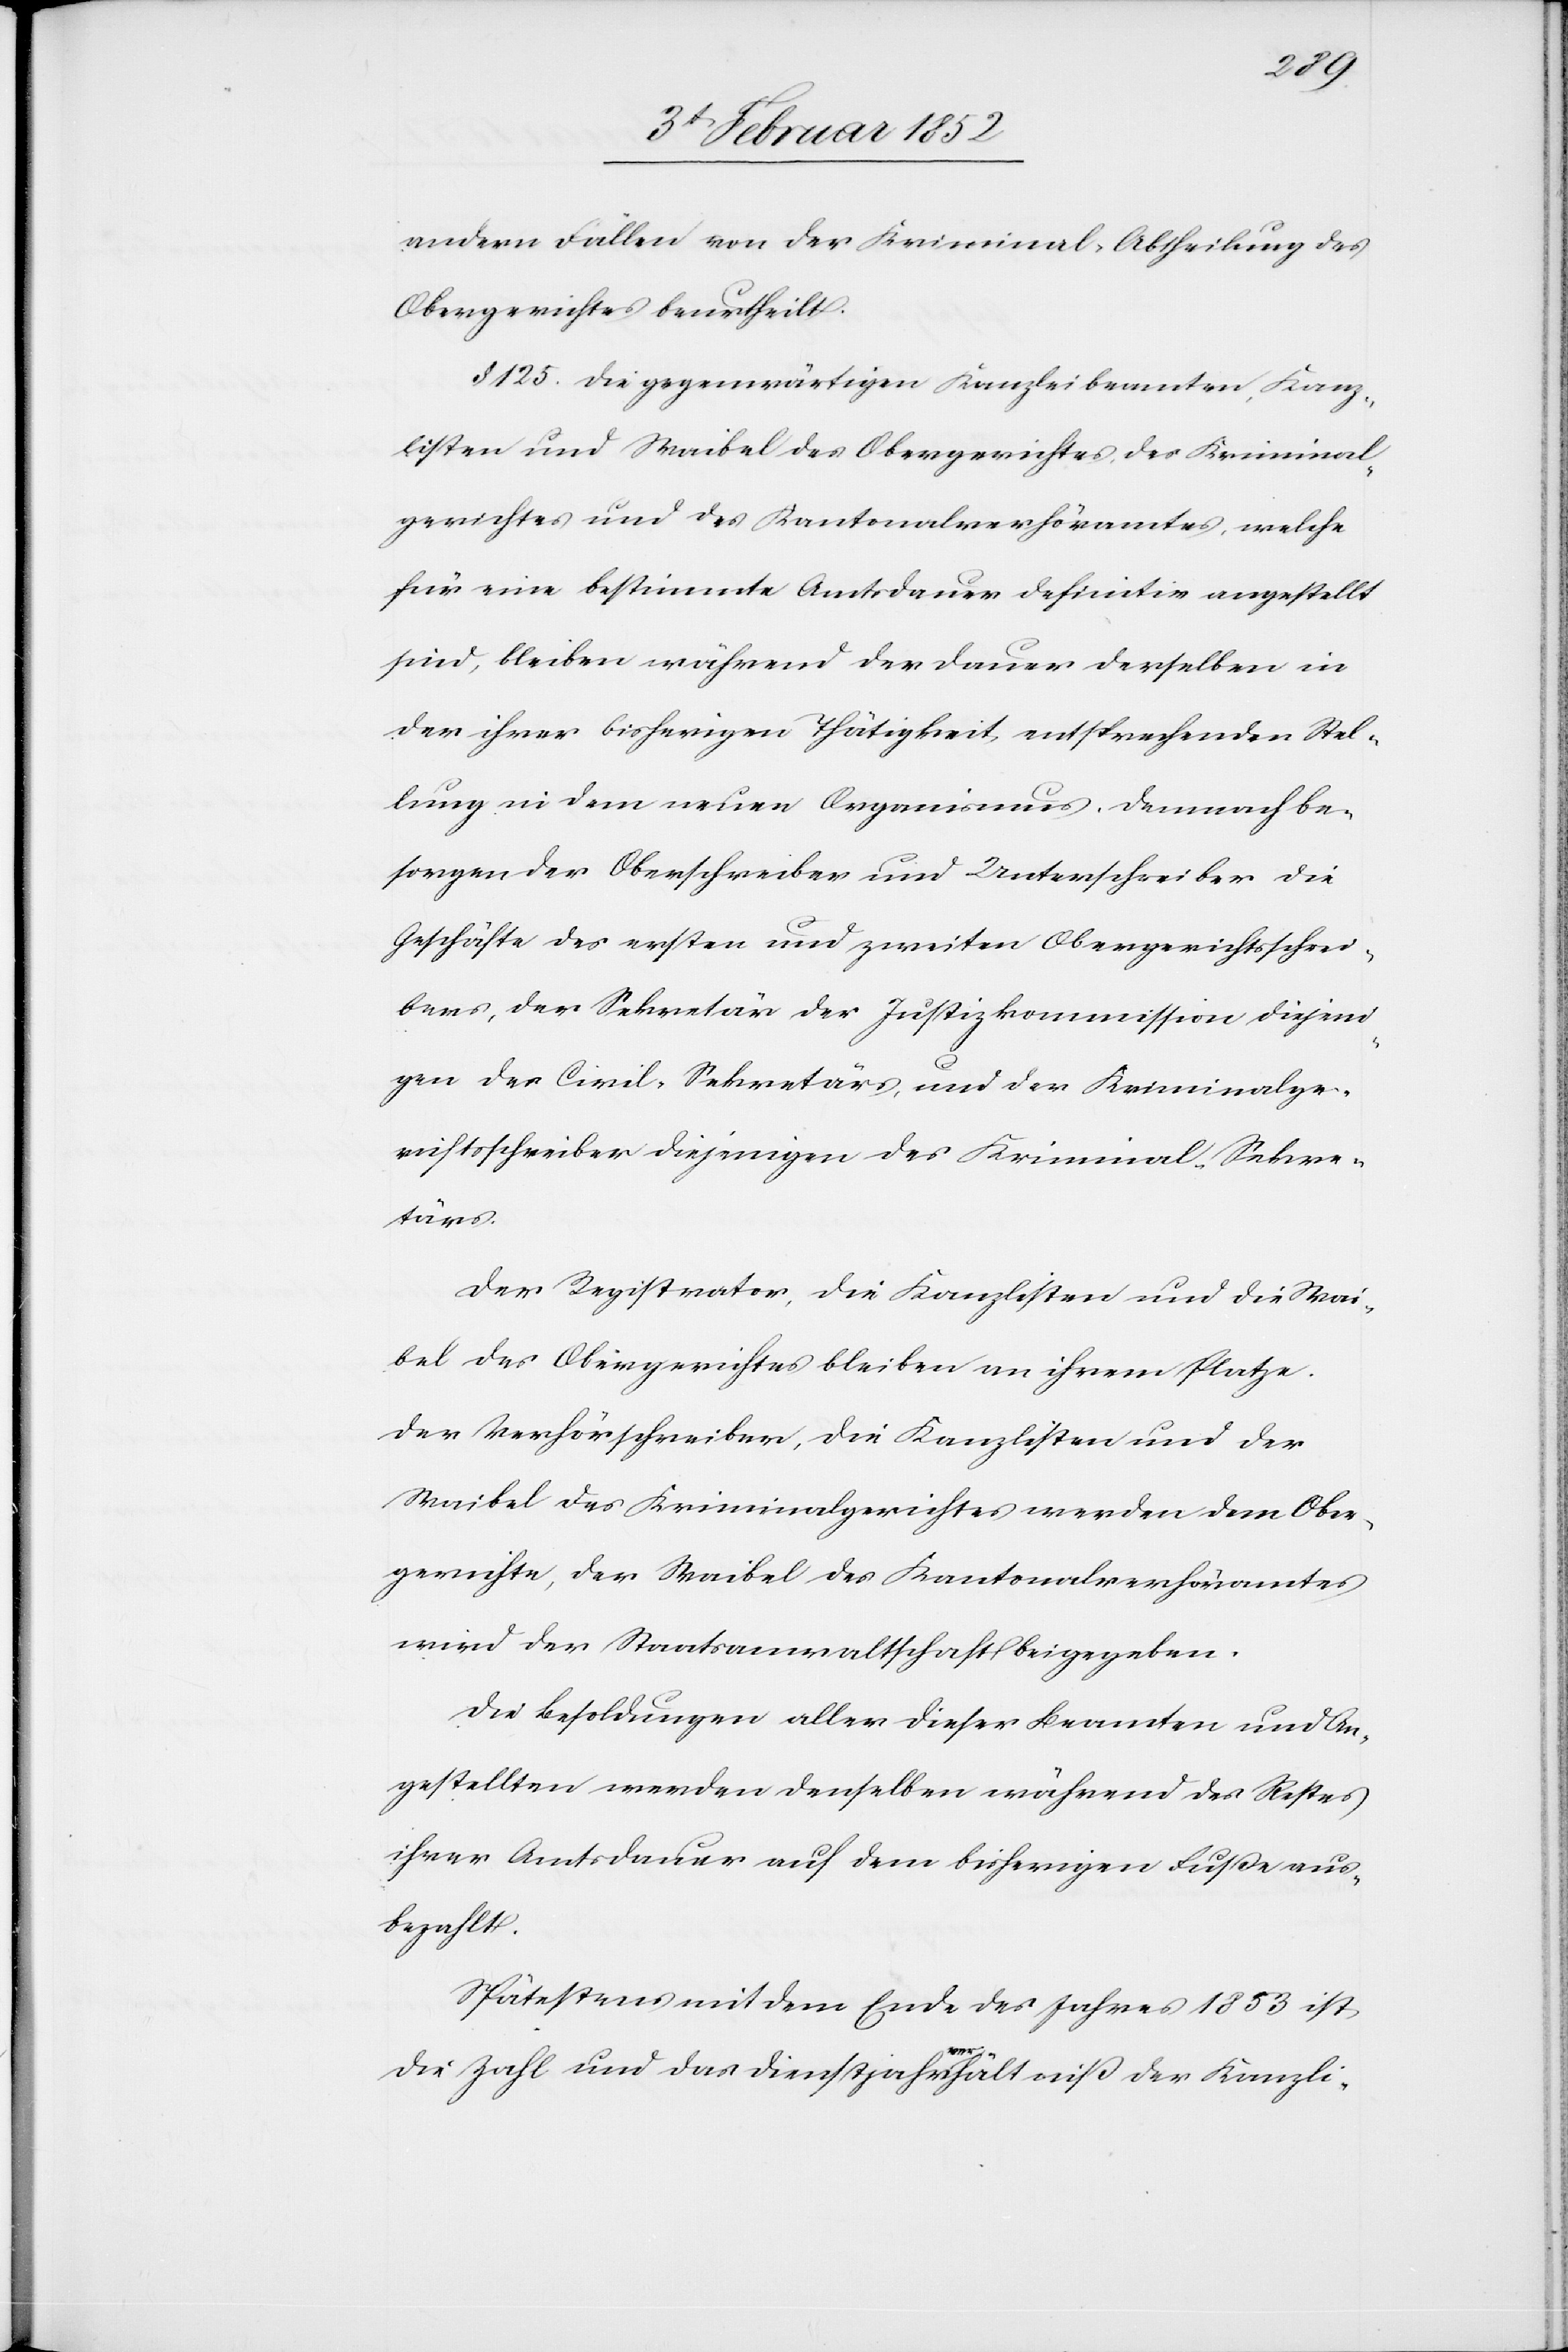
anderen Fällen von der Kriminal-Abtheilung des
Obergerichtes beurtheilt.
§ 125. Die gegenwärtigen Kanzleibeamten, Kanz¬
listen und Waibel des Obergerichtes, des Kriminal¬
gerichtes und des Kantonalverhöramtes, welche
für eine bestimmte Amtsdauer definitiv angestellt
sind, bleiben während der Dauer derselben in
der ihrer bisherigen Thätigkeit entsprechenden Stel¬
lung in dem neuen Organismus. Demnach be¬
sorgen der Oberschreiber und Unterschreiber die
Geschäfte des ersten und zweiten Obergerichtsschrei¬
bers, der Sekretär der Justizkommission diejeni¬
gen des Civil-Sekretärs, und der Kriminalge¬
richtsschreiber diejenigen des Kriminal-Sekre¬
tärs.
Der Registrator, die Kanzlisten und die Wai¬
bel des Obergerichtes bleiben an ihrem Platze.
Der Verhörschreiber, die Kanzlisten und der
Waibel des Kriminalgerichtes werden dem Ober¬
gerichte, der Waibel des Kantonalverhöramtes
wird der Staatsanwaltschaft beigegeben.
Die Besoldungen aller dieser Beamten und An¬
gestellten werden denselben während des Restes
ihrer Amtsdauer auf dem bisherigen Fuße aus¬
bezahlt.
Spätestens mit dem Ende des Jahres 1853 ist
die Zahl und das Dienstjahrverhältniß der Kanzli-